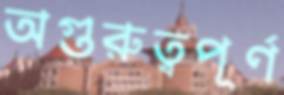
অগুরুত্বপূর্ণ